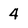
Character: 4